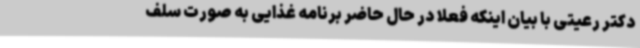
دکتر رعیتی با بیان اینکه فعلا در حال حاضر برنامه غذایی به صورت سلف